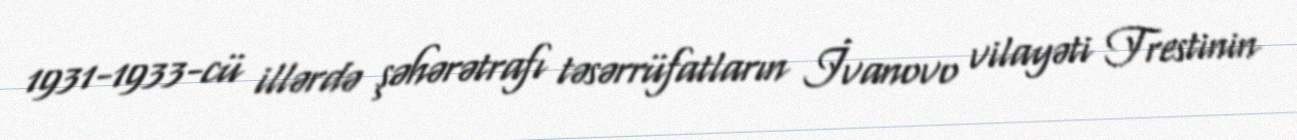
1931-1933-cü illərdə şəhərətrafı təsərrüfatların İvanovo vilayəti Trestinin